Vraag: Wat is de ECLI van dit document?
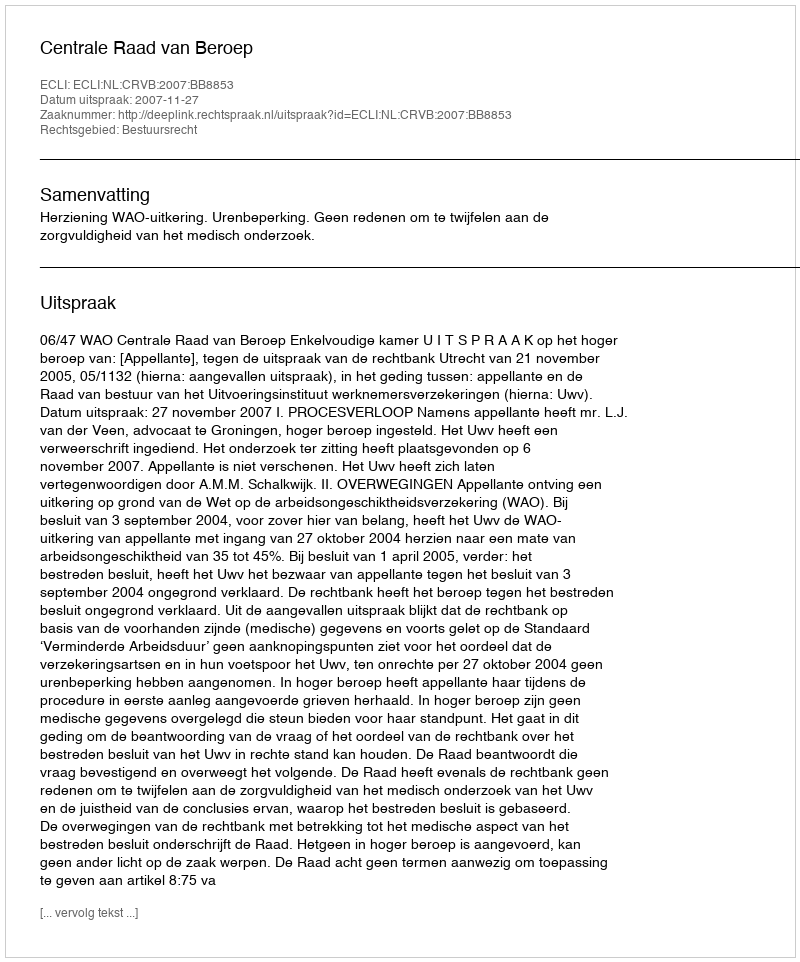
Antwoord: ECLI:NL:CRVB:2007:BB8853